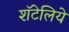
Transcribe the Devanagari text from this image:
शॅटेलिये